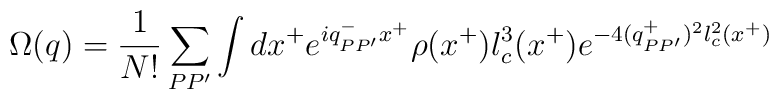
\Omega(q) =\frac1{N!} \sum_{PP'} \int dx^+ e^{iq_{PP'}^-x^+}\rho(x^+)l_c^3(x^+)e^{-4 (q_{PP'}^+)^2 l_c^2(x^+)}